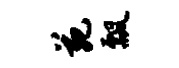
苑瓢